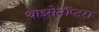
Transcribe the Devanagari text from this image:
थाइसेनॉप्टरा